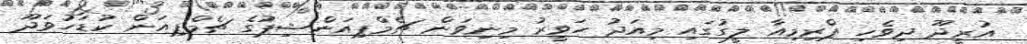
އުރީދޫ ދިވެހި ޕްރިމިއާ ލީގުގައި މިއަދު ހަވީރު މިނިވަން ޗެމްޕިއަންޝިޕުގެ ޗެމްޕިއަން ކުޑަހުވަދޫ